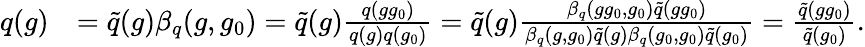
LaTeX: \begin{array}{rl}{q(g)}&{=\tilde{q}(g)\beta_{q}(g,g_{0})=\tilde{q}(g)\frac{q(gg_{0})}{q(g)q(g_{0})}=\tilde{q}(g)\frac{\beta_{q}(gg_{0},g_{0})\tilde{q}(gg_{0})}{\beta_{q}(g,g_{0})\tilde{q}(g)\beta_{q}(g_{0},g_{0})\tilde{q}(g_{0})}=\frac{\tilde{q}(gg_{0})}{\tilde{q}(g_{0})}.}\end{array}